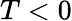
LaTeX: T<0